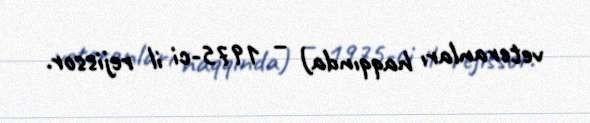
veteranları haqqında) – 1975-ci il rejissor.